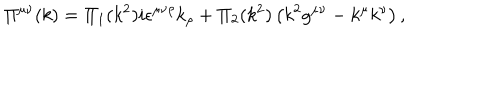
LaTeX: \Pi ^ { \mu \nu } ( k ) = \Pi _ { 1 } ( k ^ { 2 } ) i \epsilon ^ { \mu \nu \rho } k _ { \rho } + \Pi _ { 2 } ( k ^ { 2 } ) \left( k ^ { 2 } g ^ { \mu \nu } - k ^ { \mu } k ^ { \nu } \right) ,